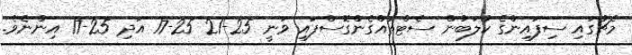
މެޗުގައި ސިފައިންގެ ކުލަބުން ސެޓްތައްގެންގޮސްފައި ވަނީ 25-21 25-17 އަދި 25-17 އިންނެވެ.